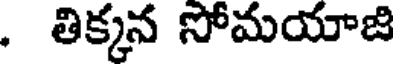
. తిక్కన సోమయాజి